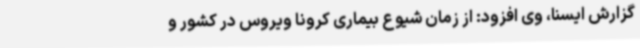
گزارش ایسنا، وی افزود: از زمان شیوع بیماری کرونا ویروس در کشور و